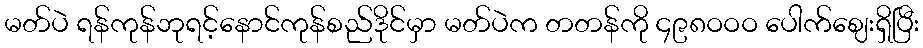
မတ်ပဲ ရန်ကုန်ဘုရင့်နောင်ကုန်စည်ဒိုင်မှာ မတ်ပဲက တတန်ကို ၄၉၈ဝဝဝ ပေါက်ဈေးရှိပြီး